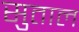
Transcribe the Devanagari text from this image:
सुताल